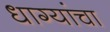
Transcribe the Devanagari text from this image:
धाग्यांचा